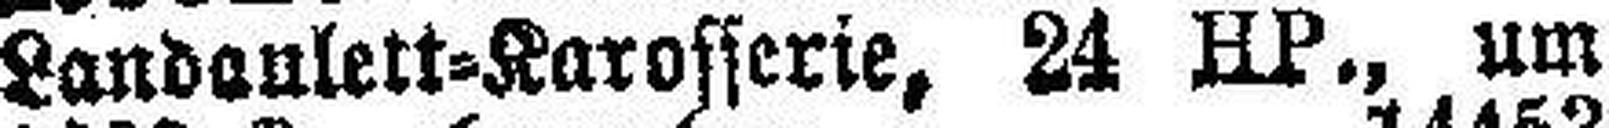
Landaulett-Karosserie, 24 HP., um